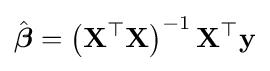
{\hat {\boldsymbol {\beta }}}=\left(\mathbf {X} ^{\top }\mathbf {X} \right)^{-1}\mathbf {X} ^{\top }\mathbf {y}